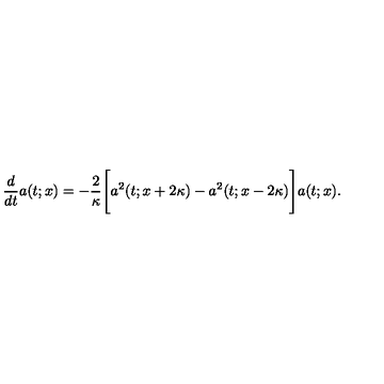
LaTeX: \frac { d } { d t } a ( t ; x ) = - \frac { 2 } { \kappa } \Bigg [ a ^ { 2 } ( t ; x + 2 \kappa ) - a ^ { 2 } ( t ; x - 2 \kappa ) \Bigg ] a ( t ; x ) .